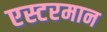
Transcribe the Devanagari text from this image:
एस्टरमान